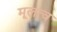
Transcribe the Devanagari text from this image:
मूलत्व